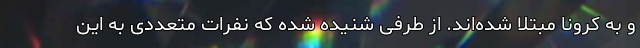
و به کرونا مبتلا شده‌اند. از طرفی شنیده شده که نفرات متعددی به این